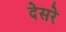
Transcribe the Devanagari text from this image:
देसरे